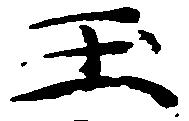
玉